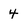
Character: 4